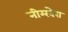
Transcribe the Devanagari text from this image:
नीम्खेरा